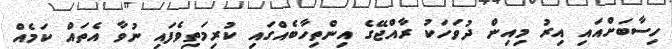
ހިސާބަށްއައި އިރު މިއިން ދުވަހަކު ރާއްޖޭގެ އިންތިހާބެއްގައި ކުރިމަތިވެފައި ނުވާ އެތައް ކަމެއް